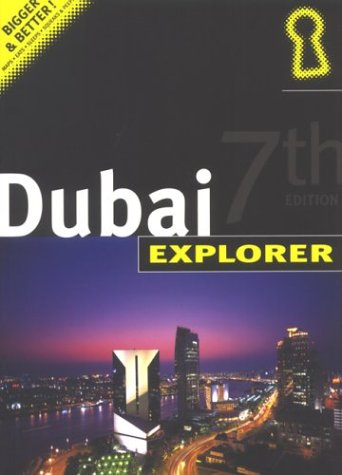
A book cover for Dubai Explorer (Explorer Series); Alistair Mackenzie; Travel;